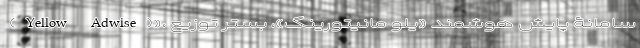
(Yellow Adwise)»، سامانۀ پایش هوشمند «یلو مانیتورینگ»، بستر توزیع